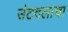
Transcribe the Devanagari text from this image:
उंटदलाचा